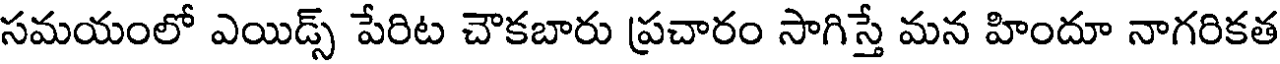
సమయంలో ఎయిడ్స్ పేరిట చౌకబారు ప్రచారం సాగిస్తే మన హిందూ నాగరికత